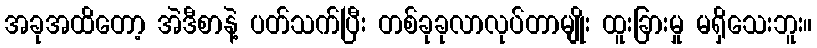
အခုအထိတော့ အဲဒီစာနဲ့ ပတ်သက်ပြီး တစ်ခုခုလာလုပ်တာမျိုး ထူးခြားမှု မရှိသေးဘူး။